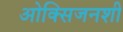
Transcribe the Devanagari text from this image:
ओक्सिजनशी